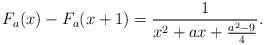
\begin{align*}F_a(x)-F_a(x+1)=\frac{1}{x^2+a x+\frac{a^2-9}{4}}.\end{align*}